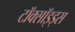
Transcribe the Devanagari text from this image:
टॉक्सॉइड्स